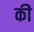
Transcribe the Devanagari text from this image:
की